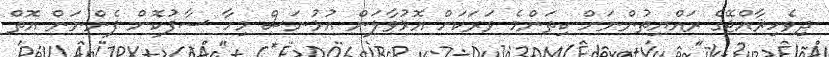
ދިވެހިޜާއްޖޭގެ ރައްޔިތުންނަށް ކިތަންމެ ވަރަކަށް އޮޅުވާލަން އުޅުނަސް މިހާ ސާފުކޮށް ފެންނަން އޮތް